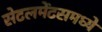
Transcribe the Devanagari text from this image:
सेटलमेंटसमध्ये